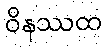
ဝိနဿထ